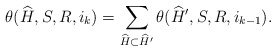
\begin{align*}\theta(\widehat{H},S,{R},i_k) = \sum_{\widehat{H} \subset \widehat{H}'} \theta(\widehat{H}',S,{R},i_{k - 1}).\end{align*}